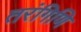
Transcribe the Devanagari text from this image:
तरंगिणि